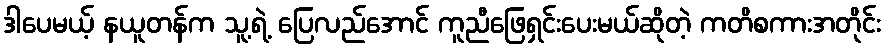
ဒါပေမယ့် နယူတန်က သူ့ရဲ့ ပြေလည်အောင် ကူညီဖြေရှင်းပေးမယ်ဆိုတဲ့ ကတိစကားအတိုင်း